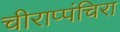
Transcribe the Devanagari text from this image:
चीराप्पंचिरा